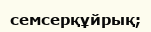
семсерқұйрық;